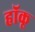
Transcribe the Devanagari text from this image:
हॉकू